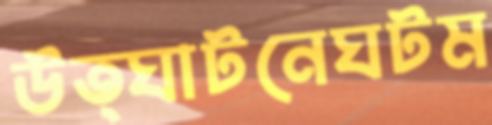
উত্ঘাটনেঘটম